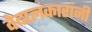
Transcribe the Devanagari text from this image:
वेदालंकारांनी